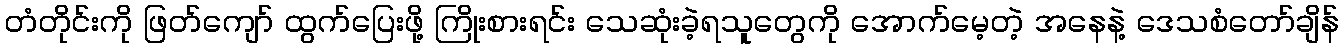
တံတိုင်းကို ဖြတ်ကျော် ထွက်ပြေးဖို့ ကြိုးစားရင်း သေဆုံးခဲ့ရသူတွေကို အောက်မေ့တဲ့ အနေနဲ့ ဒေသစံတော်ချိန်